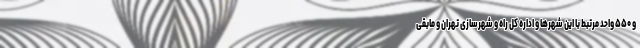
و ۵۵۰ واحد مرتبط با این شهرها و اداره کل راه و شهرسازی تهران و مابقی